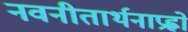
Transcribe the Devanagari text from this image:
नवनीतार्थनाप्रह्वो